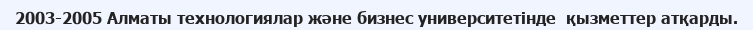
2003-2005 Алматы технологиялар және бизнес университетінде  қызметтер атқарды.